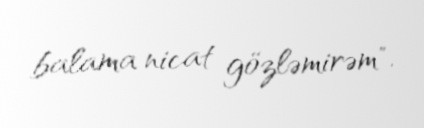
balama nicat gözləmirəm".